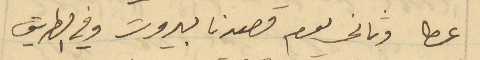
عطا وثاني يوم قصدنا بيروت وفي الطريق